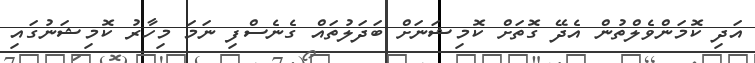
އަދި ކޮމަންވެލްތުން އެދޭ ގޮތަށް ކޮމިޝަނަށް ބަދަލުތައް ގެނެސްފި ނަމަ މިހާރު ކޮމިޝަނުގައި